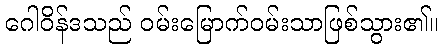
ဂေါဝိန်ဒသည် ဝမ်းမြောက်ဝမ်းသာဖြစ်သွား၏။